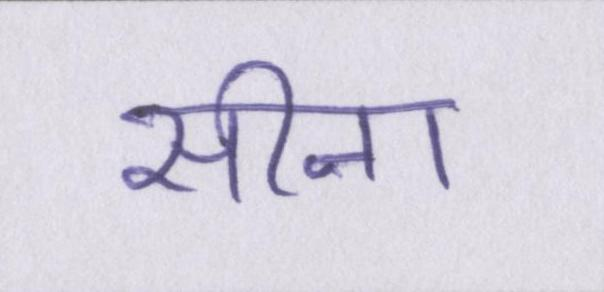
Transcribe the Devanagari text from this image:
सीना